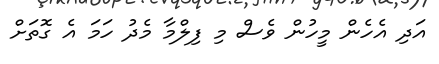
އަދި އެހެން މީހުން ވެސް މި ފިލްމާ މެދު ހަމަ އެ ގޮތަށް